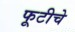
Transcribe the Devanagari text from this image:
फूटीचे